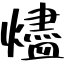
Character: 燼